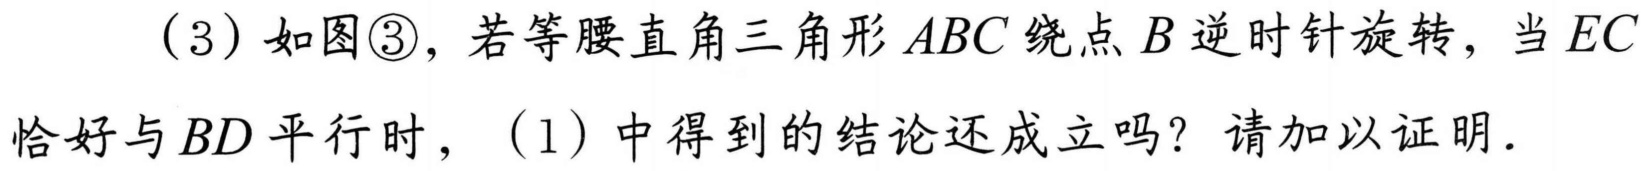
（3）如图\textcircled{3}，若等腰直角三角形\(ABC\)绕点\(B\)逆时针旋转，当\(EC\)
恰好与\(BD\)平行时，（1）中得到的结论还成立吗？请加以证明．